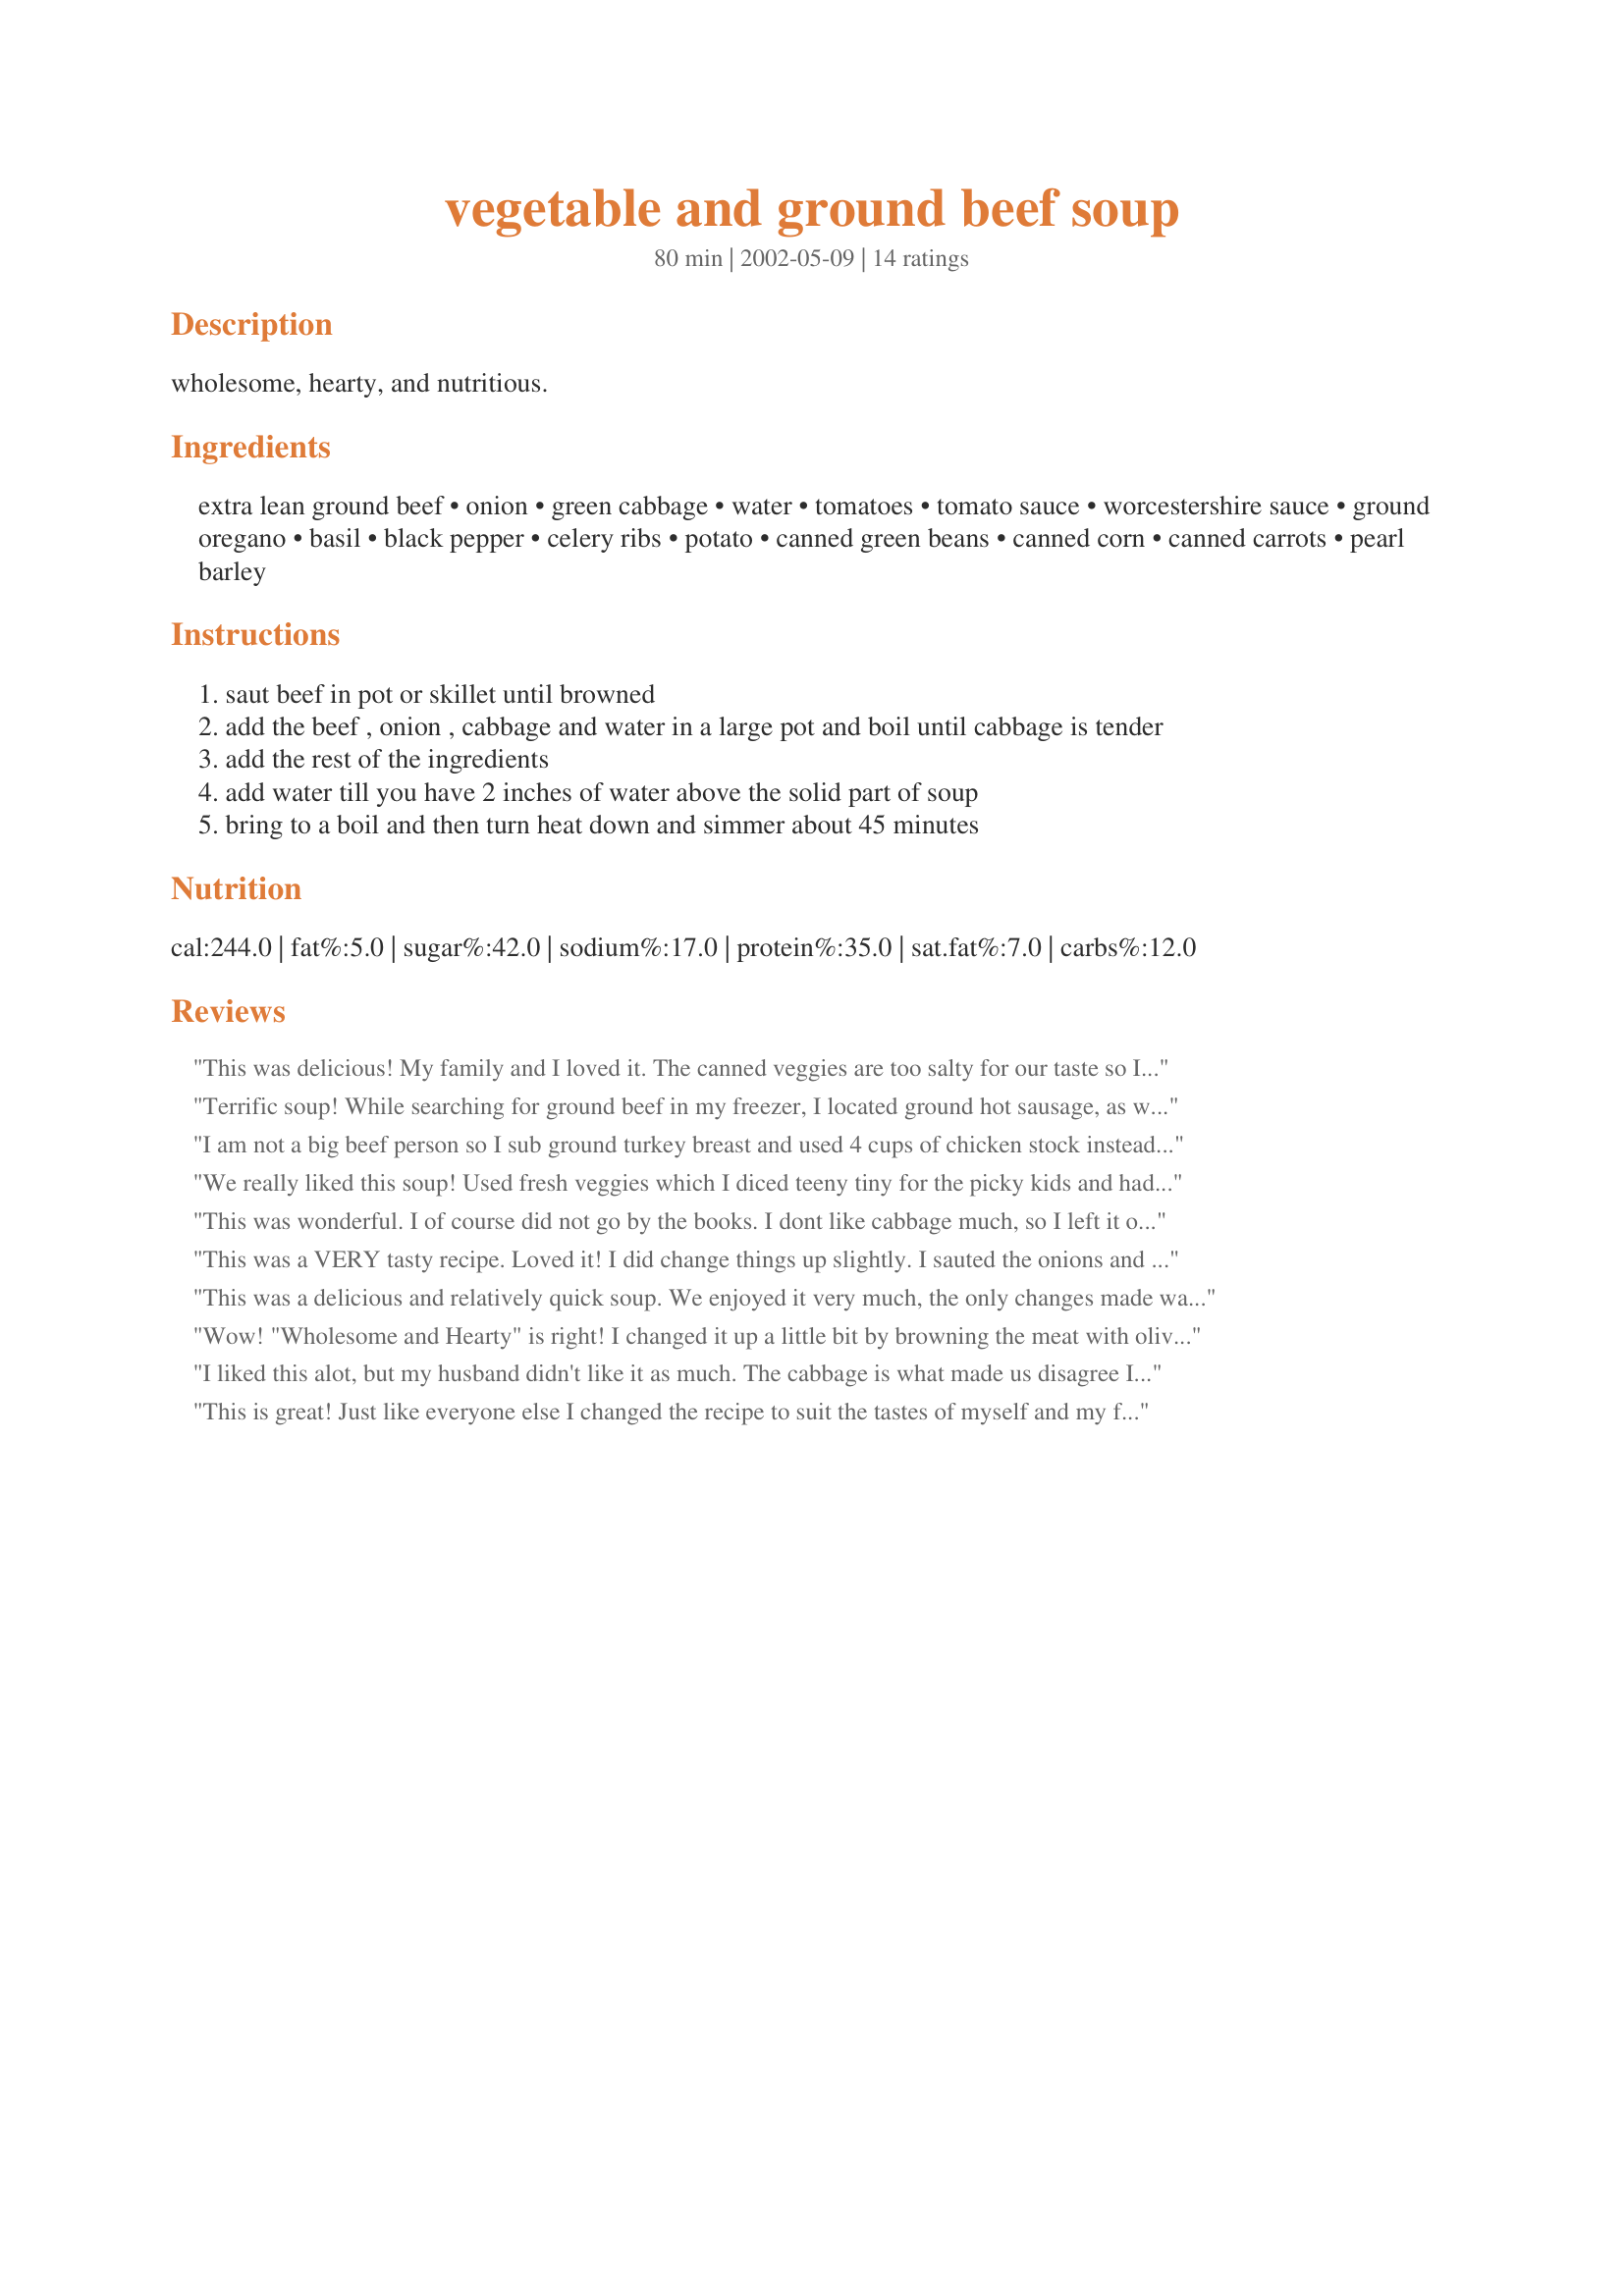
vegetable and ground beef soup
Preparation time: 80 minutes

wholesome, hearty, and nutritious.

Ingredients:
extra lean ground beef, onion, green cabbage, water, tomatoes, tomato sauce, worcestershire sauce, ground oregano, basil, black pepper, celery ribs, potato, canned green beans, canned corn, canned carrots, pearl barley

Steps:
saut beef in pot or skillet until browned
add the beef , onion , cabbage and water in a large pot and boil until cabbage is tender
add the rest of the ingredients
add water till you have 2 inches of water above the solid part of soup
bring to a boil and then turn heat down and simmer about 45 minutes

Reviews:
This was delicious! My family and I loved it. The canned veggies are too salty for our taste so I used frozen veggies instead and added a tbsp of salt. I'm 65 years old and this is the first time I've made anything besides breakfast, sandwiches, grilled meat or snacks.
Terrific soup! While searching for ground beef in my freezer, I located ground hot sausage, as well. Also, I used frozen mixed veges and beef broth instead of water. In place of oregano, I used Italian seasoning, with extra thyme. GOTTA LOVE the cabbage and barley.
I am not a big beef person so I sub ground turkey breast and used 4 cups of chicken stock instead of all water. It added a bit more flavor. I used 2 large cans of basil, garlic and oregano diced tomatoes and did not have any celery so I omitted it. I also sub the canned veggies for frozen ones. I am terrible about changing recipes I do not know why I cannot just leave them as they are but I really liked the idea and we all enjoyed this meal. Also, it made A LOT (we have enough for at least 2 more meals). This was VERY easy to make and I will be making it again. Thank you for the idea.
We really liked this soup! Used fresh veggies which I diced teeny tiny for the picky kids and had some cilantro in the fridge, tossed that in (2Tbs.)too. Turned out great. Thanks!
This was wonderful. I of course did not go by the books. I dont like cabbage much, so I left it out. I am sure it gives the soup a different feel. This is how I made it. I sauted the onion and added garlic in light extra virgin olive oil and a pat of butter. I then added the meat, and browned it. I added the cans of green beans, corn, and carrots. Then I added a can of stewed tomatoes with basil and garlic and a can of stewed tomatoes with onions, peppers, and celery. I added a can of beef broth and some water. Not too much water. Then seasoned it with oregano, basil, parsly, thyme, salt, and pepper. Then I let it simmer for about thirty minutes. I forgot to buy a potato and the barley. I think next time I make this I am going to use fresh veggies including the potato, fresh herbs, the barley, and stew meat. It was very good, both my daughter and my husband loved it.
This was a VERY tasty recipe. Loved it! I did change things up slightly. I sauted the onions and added minced garlic and then browned the beef before I added the water (with a couple teaspoons of HerbOx beef bullion) and the rest of the ingredients (except the cabbage and tomatoes which I didn't have on hand). I also used frozen mixed veggies instead of canned. It was super easy to make and since I sauted the onions, garlic and browned the beef beforehand I didn't need to simmer it as long. Thanks!
This was a delicious and relatively quick soup. We enjoyed it very much, the only changes made was to omit the corn and potato since we don't eat these often. I think you could add or take away whatever suits you and this soup would still be terrific!
Wow! "Wholesome and Hearty" is right! I changed it up a little bit by browning the meat with olive oil, garlic and onion. I used 1 can of diced tomatoes with oregano and spices added in. I also added a can of peas and carrots. I didn't use any cabbage in the soup. This recipe was great, I think you could pretty much add anything you want. It was even great a week later when I ate the frozen left overs for lunch! It makes A LOT! Thanks so much!
I liked this alot, but my husband didn't like it as much. The cabbage is what made us disagree I think! I made it in the crockpot, and mine wasn't quite big enough because it spilled over! It made the flavors blend well though.
This is great! Just like everyone else I changed the recipe to suit the tastes of myself and my family. I didn't add cabbage, basil or barley. I used 3 large potatoes and I didn't actually have tomato sauce so I used 8 ounces of Spaghetti sauce (roasted garlic and onion). I sauteed the onions with some garlic with the ground beef. And I used 1lb fresh tomatoes and 1lb diced canned as well, I hate canned carrots so I used some fresh baby carrots. Also, I used the crockpot. I put it on low for three hours and everything was tender... Thanks! This is a keeper.
EXCELLENT base recipe that is very easy to change to suit your tastes. For instance, I skipped the potato, corn, and carrots and went with zucchini, butternut squash, and wanted to put mushrooms in there, but to my dismay, mine were past their prime. I doubled the basil and gave a few extra pinches of oregano.

I'm terribly impressed by it and since it's a rainy day, this is pure comfort! Thanks so very much! This will be printed and used over and over!
I love this soup! It does make a lot, which is great and a nice easy, comforting meal after a long day. People at work were lovin' the smell and wanted the recipe. I did make some small changes though...I cut up a half onion, used one can beef broth in place of some of the water, bag of frozen veggies, garlic powder and onion powder. I used someone elses suggestion of using two cans of diced tomatoes with basil and garlic instead of the fresh tomatoes also. Didn't have any cabbage, celery or barley on hand so I left those out. It still came out great. It really helped my son to eat all his vegetables for once, since he loved it too! :)
Great and hearty soup! I added some beef bouillon and garlic and also browned my beef beforehand as the recipe wasn't too clear on that. Hubby and even my picky kids loved it. Thanks Ruth!
this was sooo tasty! my kids are fussy eaters....wasn't too sure with all these ingredients but they loved it! i subbed alphabets for barley, just great! thanks ruth!
